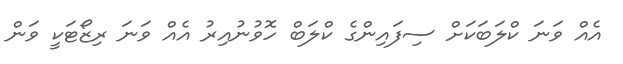
އެއް ވަނަ ކްލަބަކަށް ސިފައިންގެ ކްލަބް ހޮވުނުއިރު އެއް ވަނަ ރިޒޯޓަކީ ވަން